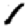
Digit: 1